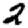
Digit: 2